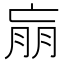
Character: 𰁝